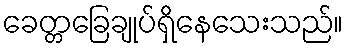
ခေတ္တခြေချုပ်ရှိနေသေးသည်။